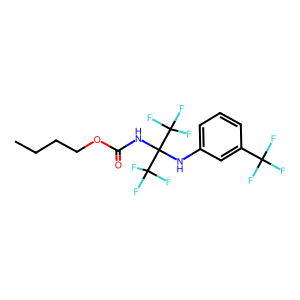
SMILES: CCCCOC(=O)NC(Nc1cccc(C(F)(F)F)c1)(C(F)(F)F)C(F)(F)F
Inhibits HIV replication: No